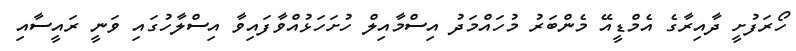
ހޯރަފުށީ ދާއިރާގެ އެމްޑީއޭ މެންބަރު މުހައްމަދު އިސްމާއިލް ހުށަހަޅުއްވާފައިވާ އިސްލާހުގައި ވަނީ ރައީސާއި